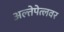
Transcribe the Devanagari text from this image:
अल्तेपेत्लवर